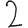
Digit: 2